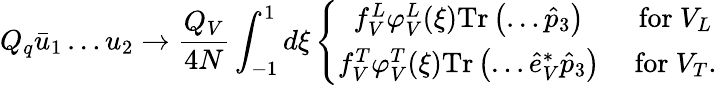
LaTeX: Q_{q}\bar{u}_{1}\dots u_{2}\to\frac{Q_{V}}{4N}\int_{-1}^{1}d\xi\left\{ \begin{array}{ccc}{{f_{V}^{L}\varphi_{V}^{L}(\xi)\mathrm{Tr}\left(\dots\hat{p}_{3}\right)}}&{{\mathrm{~for~}V_{L}}}\\ {{f_{V}^{T}\varphi_{V}^{T}(\xi)\mathrm{Tr}\left(\dots\hat{e}_{V}^{*}\hat{p}_{3}\right)}}&{{\mathrm{~for~}V_{T}.}}\end{array}\right.